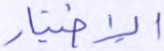
الإختيار